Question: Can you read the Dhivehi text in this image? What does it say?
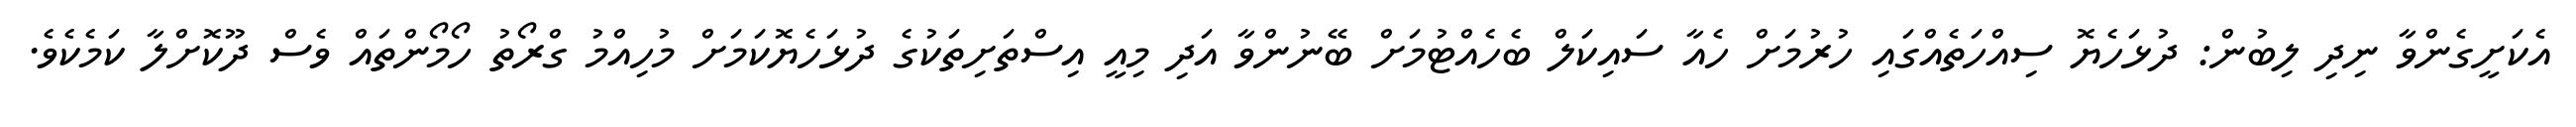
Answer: އެކަށީގެންވާ ނިދި ލިބުން: ދުޅަހެޔޮ ސިއްހަތެއްގައި ހުރުމަށް ހެއާ ސައިކަލް ބެހެއްޓުމަށް ބޭނުންވާ އަދި މިއީ އިސްތަށިތަކުގެ ދުޅަހެޔޮކަމަށް މުހިއްމު ގްރޯތު ހޯމޯންތައް ވެސް ދޫކޮށްލާ ކަމެކެވެ.